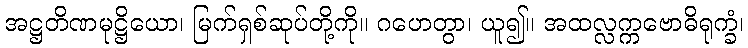
အဋ္ဌတိဏမုဋ္ဌိယော၊ မြက်ရှစ်ဆုပ်တို့ကို။ ဂဟေတွာ၊ ယူ၍။ အထလ္လက္ကဗောဓိရုက္ခံ၊